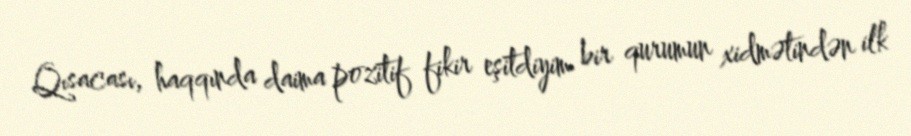
Qısacası, haqqında daima pozitif fikir eşitdiyim bir qurumun xidmətindən ilk